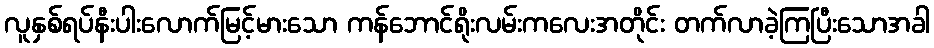
လူနှစ်ရပ်နီးပါးလောက်မြင့်မားသော ကန်ဘောင်ရိုးလမ်းကလေးအတိုင်း တက်လာခဲ့ကြပြီးသောအခါ